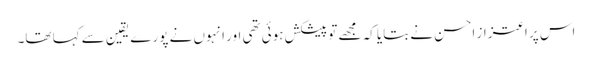
اس پر اعتزاز احسن نے بتایا کہ مجھے تو پیشکش ہوئی تھی اور انہوں نے پورے یقین سے کہا تھا۔